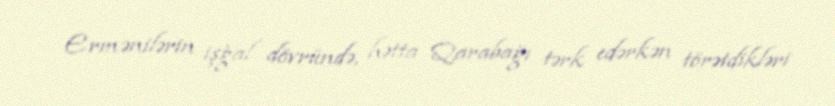
Ermənilərin işğal dövründə, hətta Qarabağı tərk edərkən törətdikləri